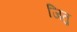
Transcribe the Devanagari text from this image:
जितु